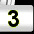
Digit: 3